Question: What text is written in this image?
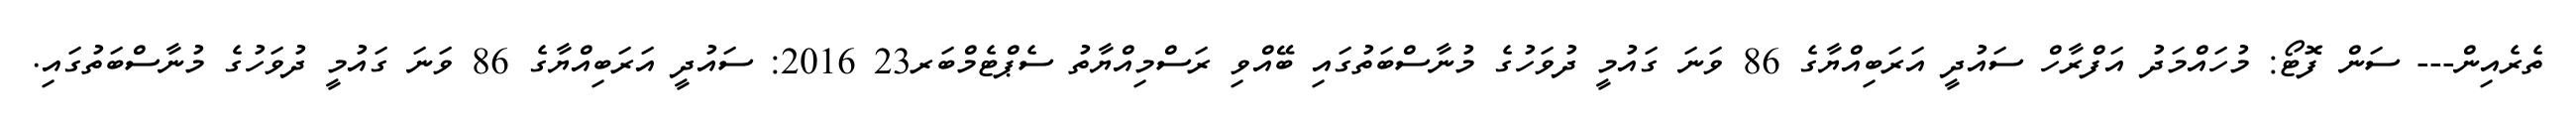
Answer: ތެރެއިން--- ސަން ފޮޓޯ: މުހައްމަދު އަފްރާހް ސައުދީ އަރަބިއްޔާގެ 86 ވަނަ ގައުމީ ދުވަހުގެ މުނާސްބަތުގައި ބޭއްވި ރަސްމިއްޔާތު ސެޕްޓެމްބަރ23 2016: ސައުދީ އަރަބިއްޔާގެ 86 ވަނަ ގައުމީ ދުވަހުގެ މުނާސްބަތުގައި.